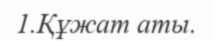
1.Құжат аты.